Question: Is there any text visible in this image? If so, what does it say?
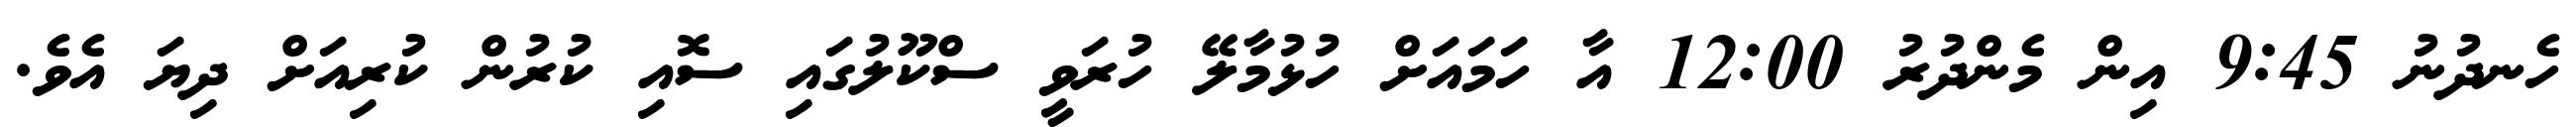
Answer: ހެނދުނު 9:45 އިން މެންދުރު 12:00 އާ ހަމައަށް ހުޅުމާލޭ ހުރަވީ ސްކޫލުގައި ސޮއި ކުރުން ކުރިއަށް ދިޔަ އެވެ.